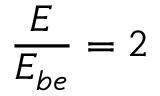
\frac { E } { E _ { b e } } = 2